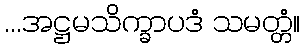
...အဋ္ဌမသိက္ခာပဒံ သမတ္တံ။